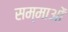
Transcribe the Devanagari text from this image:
सम्माओं